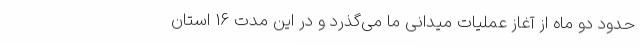
حدود دو ماه از آغاز عملیات میدانی ما می‌گذرد و در این مدت 16 استان